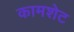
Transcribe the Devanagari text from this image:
कामशेट